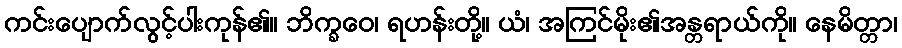
ကင်းပျောက်လွင့်ပါးကုန်၏။ ဘိက္ခဝေ၊ ရဟန်းတို့။ ယံ၊ အကြင်မိုး၏အန္တရာယ်ကို။ နေမိတ္တာ၊